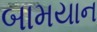
બામયાન